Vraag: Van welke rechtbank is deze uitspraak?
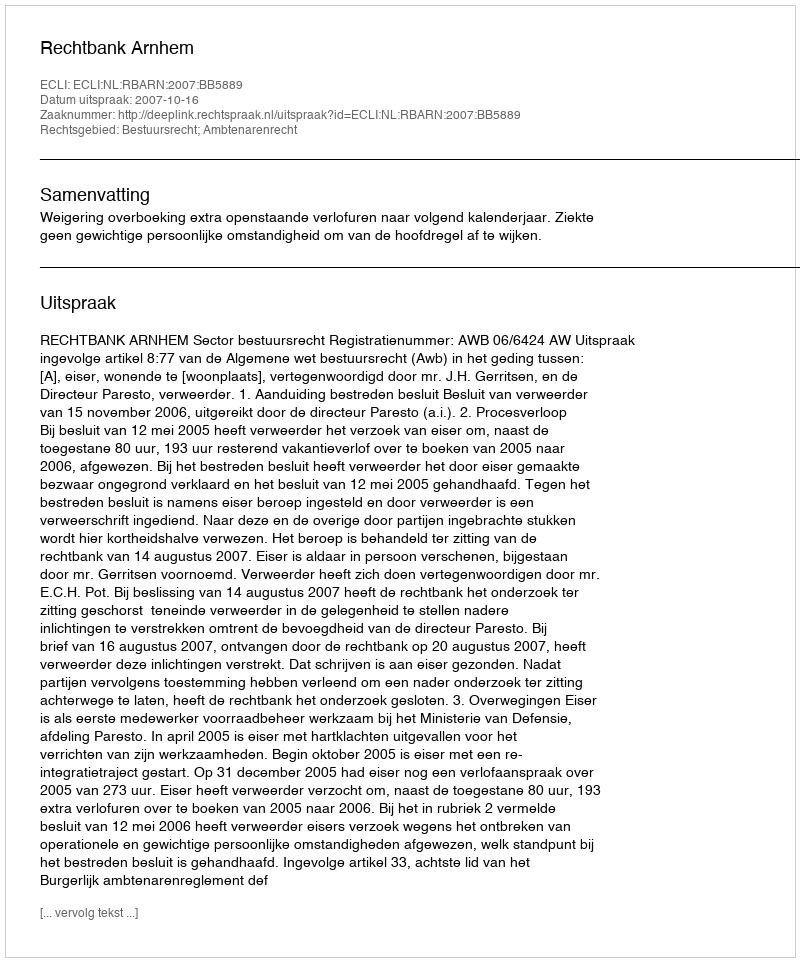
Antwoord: Rechtbank Arnhem